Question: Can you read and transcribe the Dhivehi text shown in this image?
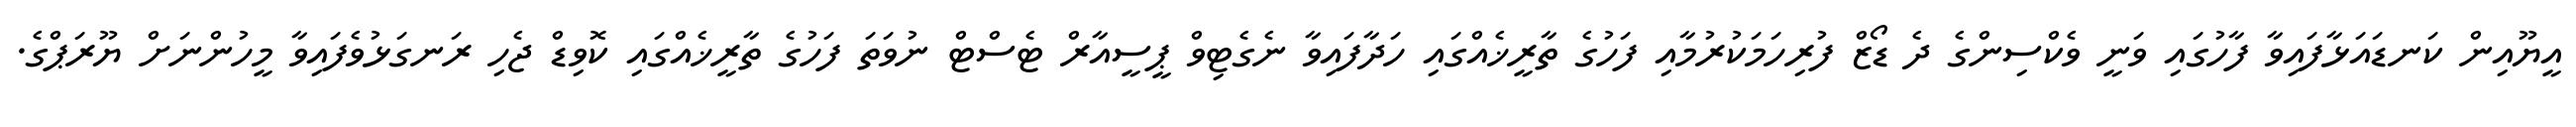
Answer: އީޔޫއިން ކަނޑައަޅާފައިވާ ފާހުގައި ވަނީ ވެކްސިންގެ ދެ ޑޯޒް ފުރިހަމަކުރުމާއި ފަހުގެ ތާރީޚެއްގައި ހަދާފައިވާ ނެގެޓިވް ޕީސީއާރް ޓެސްޓް ނުވަތަ ފަހުގެ ތާރީޚެއްގައި ކޮވިޑް ޖެހި ރަނގަޅުވެފައިވާ މީހުންނަށް ޔޫރަޕްގެ.